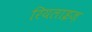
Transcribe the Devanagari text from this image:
रियलाइज़